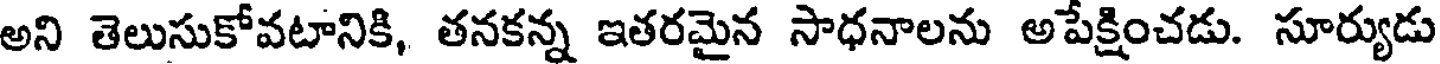
అని తెలుసుకోవటానికి, తనకన్న ఇతరమైన సాధనాలను అపేక్షించడు. సూర్యుడు